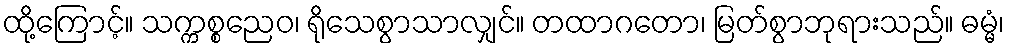
ထို့ကြောင့်။ သက္ကစ္စညေဝ၊ ရိုသေစွာသာလျှင်။ တထာဂတော၊ မြတ်စွာဘုရားသည်။ ဓမ္မံ၊